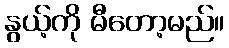
နွယ့်ကို မီတော့မည်။